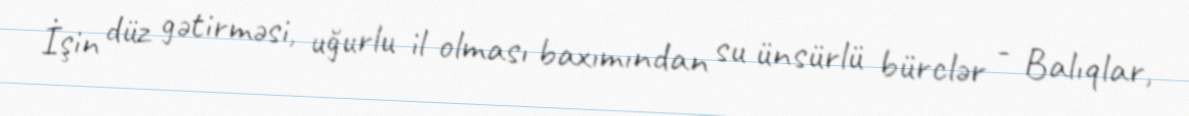
İşin düz gətirməsi, uğurlu il olması baxımından su ünsürlü bürclər - Balıqlar,